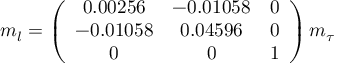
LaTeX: m _ { l } = \left( \begin{array} { c c c } { { 0 . 0 0 2 5 6 } } & { { - 0 . 0 1 0 5 8 } } & { { 0 } } \\ { { - 0 . 0 1 0 5 8 } } & { { 0 . 0 4 5 9 6 } } & { { 0 } } \\ { { 0 } } & { { 0 } } & { { 1 } } \end{array} \right) m _ { \tau }